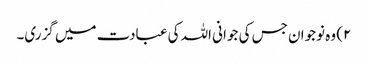
۲) وہ نوجوان جس کی جوانی اللہ کی عبادت میں گزری۔